DOW-UAP-D54, Mission Report, Mediterranean Sea, NA
Agency: Department of War
Incident location: Mediterranean Sea
Page 6
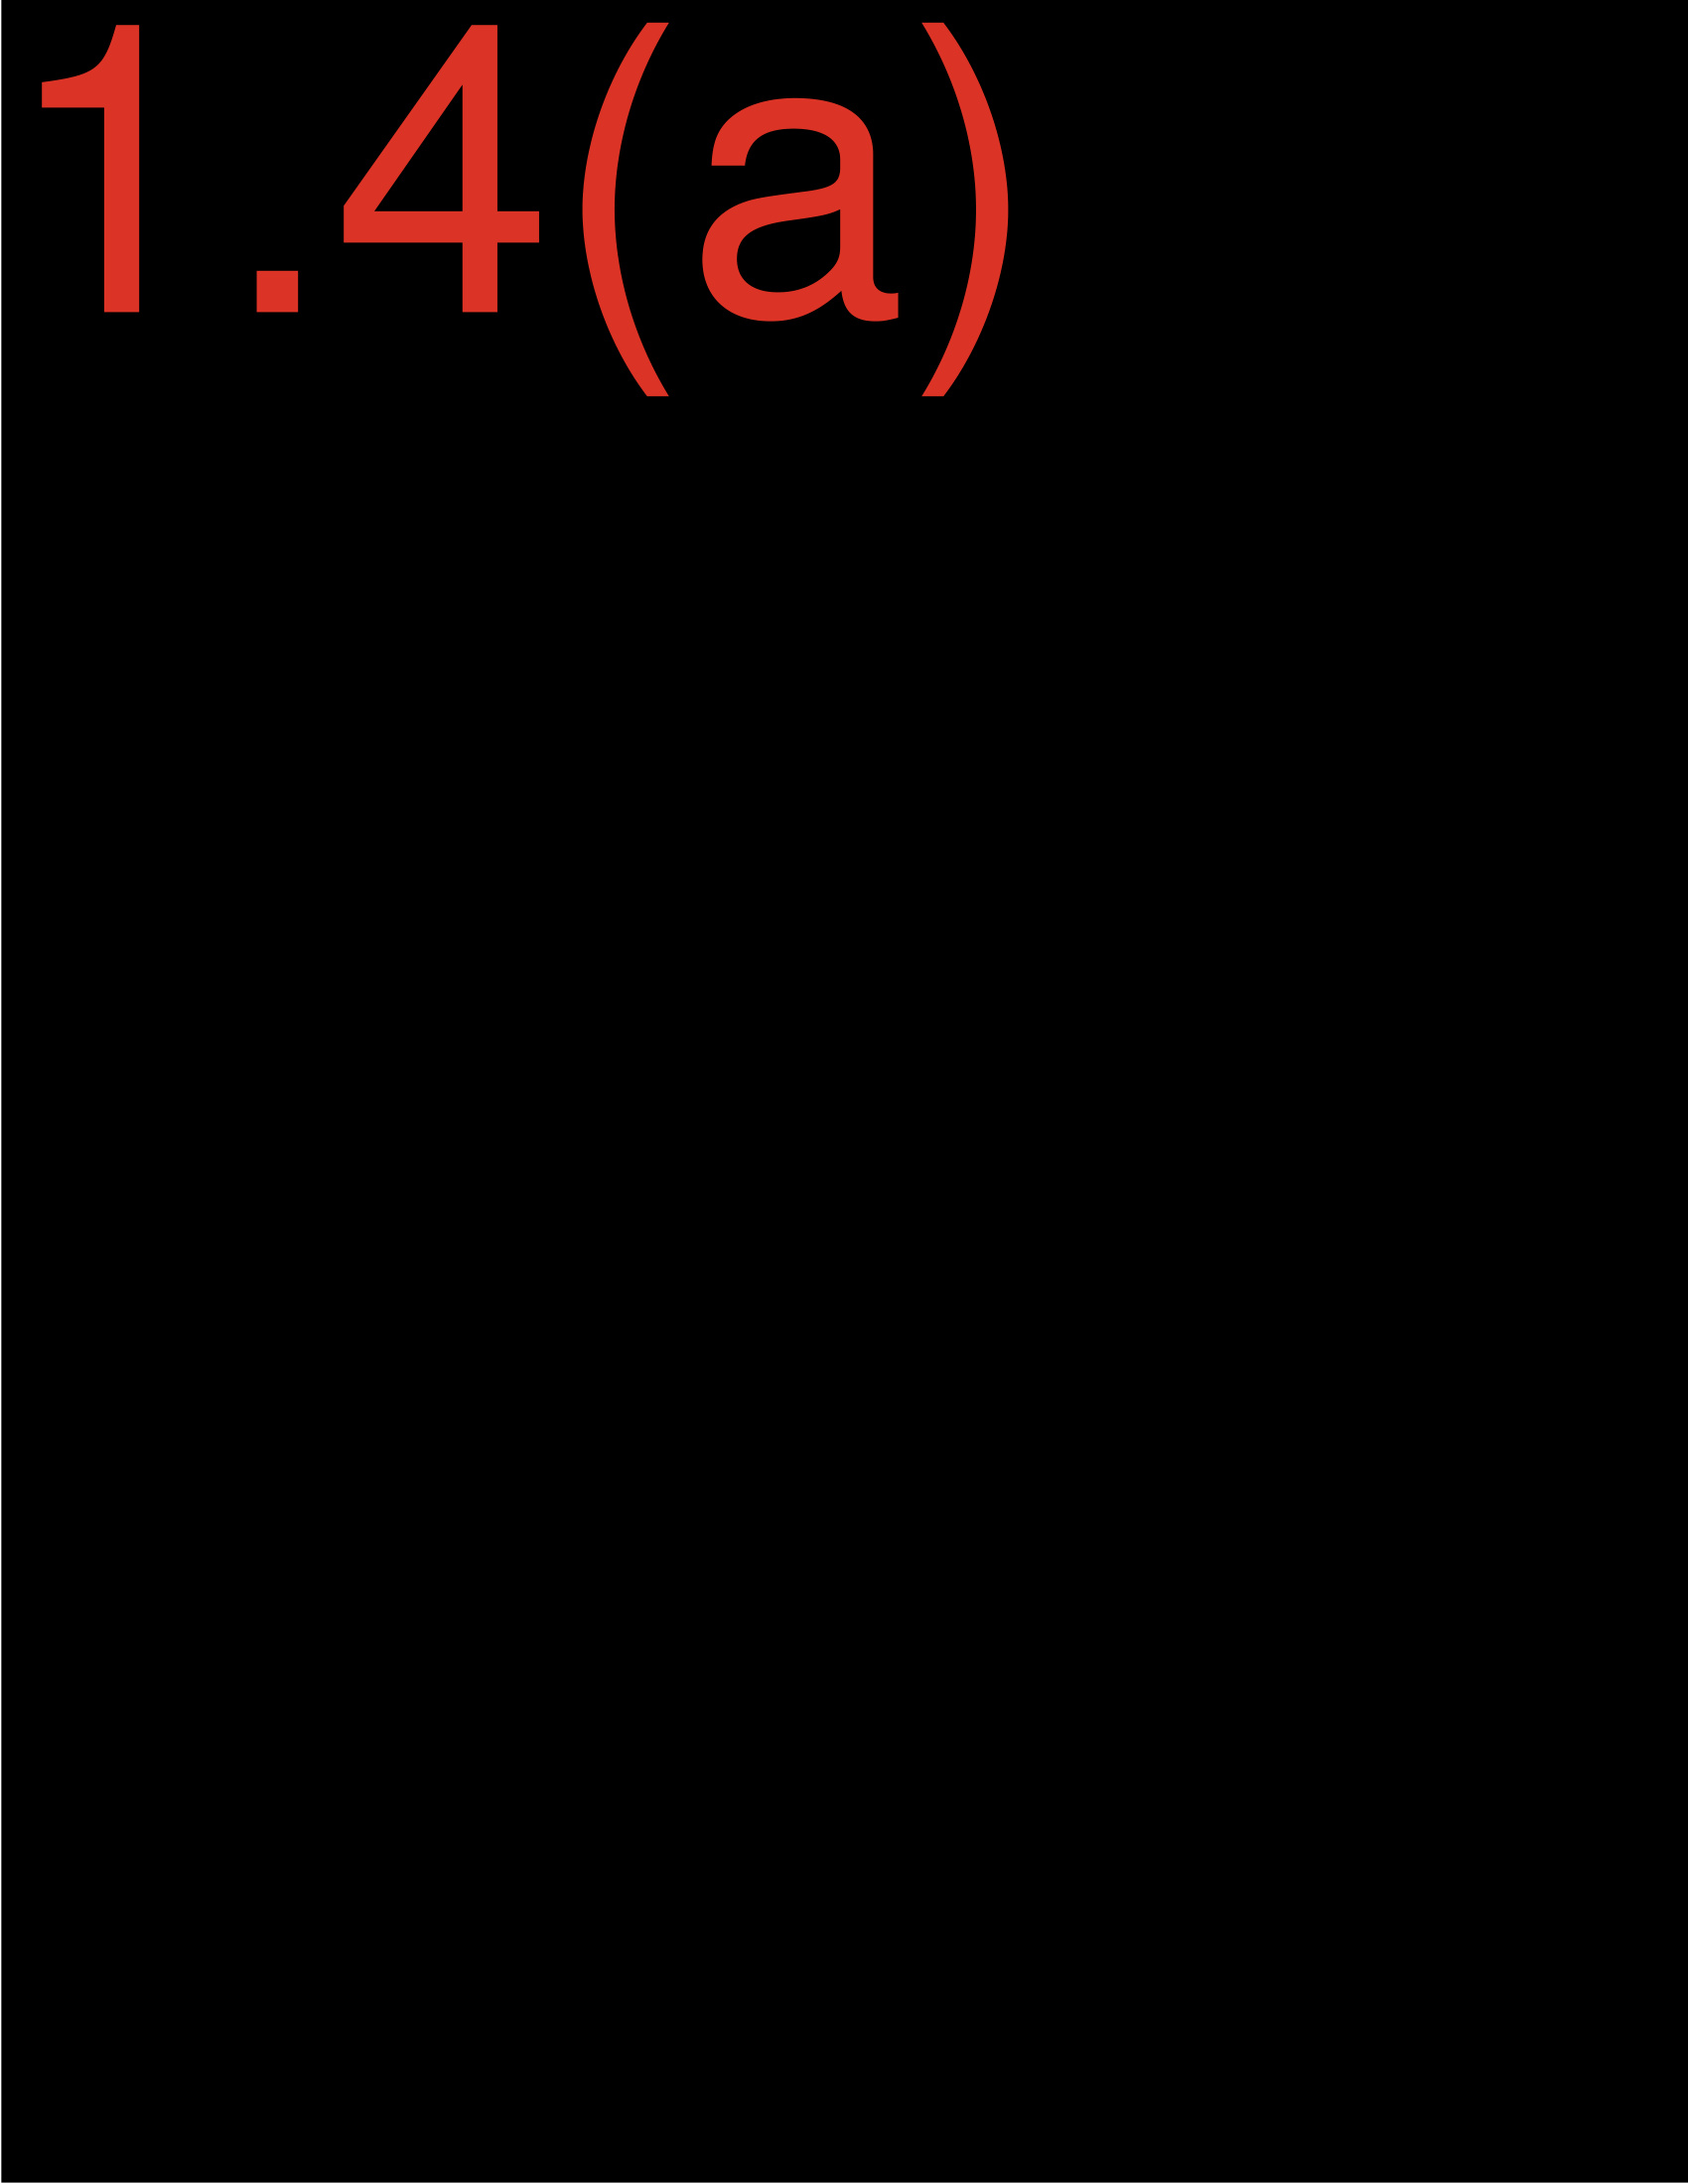